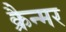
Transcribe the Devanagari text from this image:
क्रैन्मर